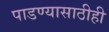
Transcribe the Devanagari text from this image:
पाडण्यासाठीही